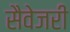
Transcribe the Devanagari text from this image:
सैवेजरी